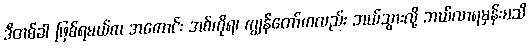
ဒီတစ်ခါ ဖြစ်ရမယ်က အကောင်း အစ်ကိုရ၊ ကျွန်တော်ကလည်း ဘယ်သွားလို့ ဘယ်လာရမှန်းမသိ